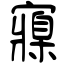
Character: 寱